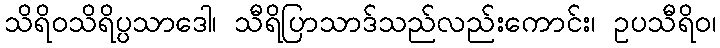
သိရိဝသိရိပ္ပသာဒော၊ သီရိပြာသာဒ်သည်လည်းကောင်း၊ ဥပသီရိဝ၊